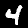
Digit: 4